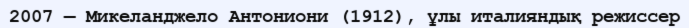
2007 — Микеланджело Антониони (1912), ұлы италияндық режиссер